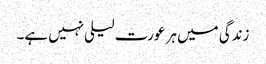
زندگی میں ہر عورت لیلی نہیں ہے۔